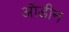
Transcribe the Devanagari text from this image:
ऑडीन